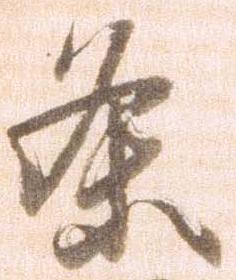
条